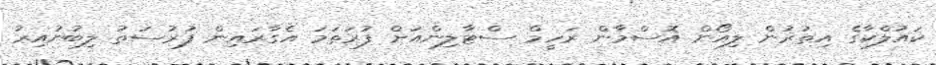
ކައުލްކާގެ އިތުރުން ލިއޯން އޮސްމާން ރަހީމް ސްޓާލިންއަށް ފުރަތަމަ އެގާރައިން ފުރުސަތު ލިބުނުއިރު